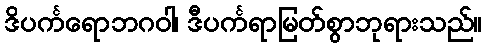
ဒိပင်္ကရောဘဂဝါ၊ ဒီပင်္ကရာမြတ်စွာဘုရားသည်။